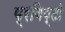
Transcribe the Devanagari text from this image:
प्रविष्टो